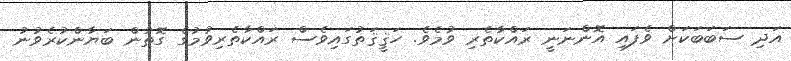
އަދި ސަބަބަކަށް ވެފައި އޮންނަނީ ރައްކާތެރި ވުމެވެ. ހަޤީޤަތުގައިވެސް ރައްކާތެރިވުމުގެ ގޮތުން ބަޔާންކުރެވުނު